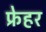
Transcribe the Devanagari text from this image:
फ्रेहर